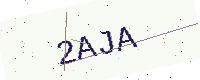
Text: 2AJA